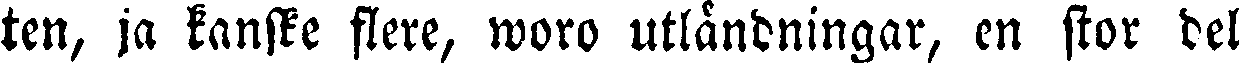
ten, ja kanske flere, woro utländningar, en stor del